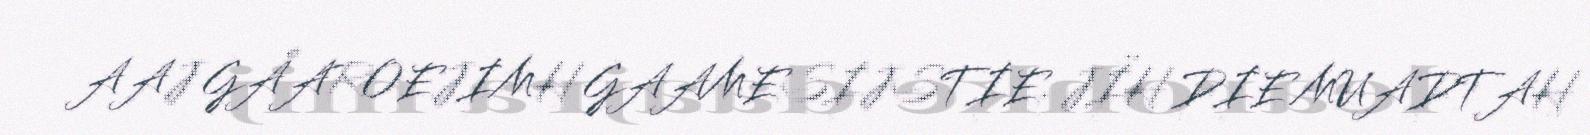
AAJ GÅAROEJIMH GAAMESIJSTIE. JÏH DIE MUADTAH